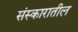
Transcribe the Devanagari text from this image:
संस्कारातील